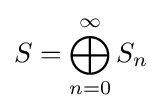
S=\bigoplus _{n=0}^{\infty }S_{n}